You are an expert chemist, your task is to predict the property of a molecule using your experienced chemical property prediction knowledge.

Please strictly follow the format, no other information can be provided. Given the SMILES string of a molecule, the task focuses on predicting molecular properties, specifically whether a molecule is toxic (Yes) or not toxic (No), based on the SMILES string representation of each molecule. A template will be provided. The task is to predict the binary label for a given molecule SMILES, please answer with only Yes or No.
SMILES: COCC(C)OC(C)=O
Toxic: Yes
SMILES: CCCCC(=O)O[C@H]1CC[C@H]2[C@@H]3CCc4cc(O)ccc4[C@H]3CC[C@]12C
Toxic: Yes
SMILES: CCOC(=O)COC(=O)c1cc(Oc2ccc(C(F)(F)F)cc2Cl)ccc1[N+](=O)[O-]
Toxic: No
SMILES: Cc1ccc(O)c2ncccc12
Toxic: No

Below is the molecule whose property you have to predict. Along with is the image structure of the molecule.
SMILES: CN(CCCN1c2ccccc2CCc2ccccc21)CC(=O)c1ccc(Cl)cc1
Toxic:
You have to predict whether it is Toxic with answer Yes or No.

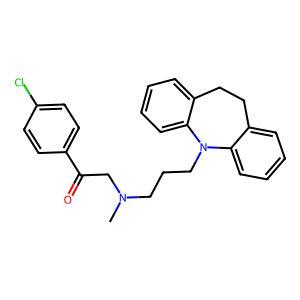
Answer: No